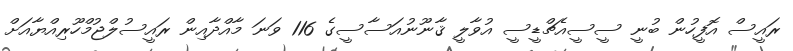
ރައީސް އޮފީހުން ބުނީ ސީސީއެޗްޑީސީ އުވާލީ ޤާނޫނުއަސާސީގެ 116 ވަނަ މާއްދާއިން ރައީސުލްޖުމްހޫރިއްޔާއަށް